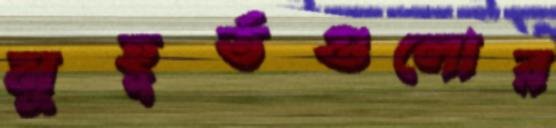
মুহূর্তগুলোর